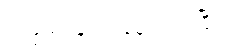
တဖြည်းဖြည်း မှောင်လာပြီ။